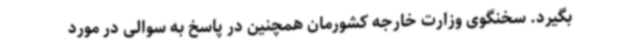
بگیرد. سخنگوی وزارت خارجه کشورمان همچنین در پاسخ به سوالی در مورد